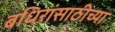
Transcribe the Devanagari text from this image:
बधिरांसाठीच्या